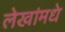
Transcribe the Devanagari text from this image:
लेखांमधे